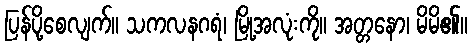
ပြန်ပို့စေလျက်။ သကလနဂရံ၊ မြို့အလုံးကို။ အတ္တနော၊ မိမိ၏။